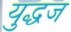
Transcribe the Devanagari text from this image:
युद्धज